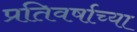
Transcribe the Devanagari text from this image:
प्रतिवर्षाच्या